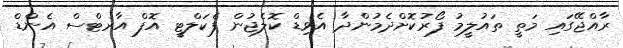
ރާއްޖޭގައި މަތީ ތައުލީމު ފޯރުކޮށްދެމުންދާ އެވިޑް ކޮލެޖުން ފެކަލްޓީ އޮފް އާރޓްސް އެންޑް